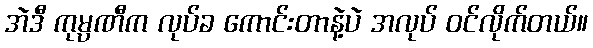
အဲဒီ ကုမ္ပဏီက လုပ်ခ ကောင်းတာနဲ့ပဲ အလုပ် ဝင်လိုက်တယ်။